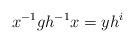
LaTeX: \begin{align*}x^{-1}gh^{-1}x=yh^i\end{align*}